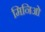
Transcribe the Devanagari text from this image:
मिनिओ